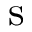
\mathrm { s }